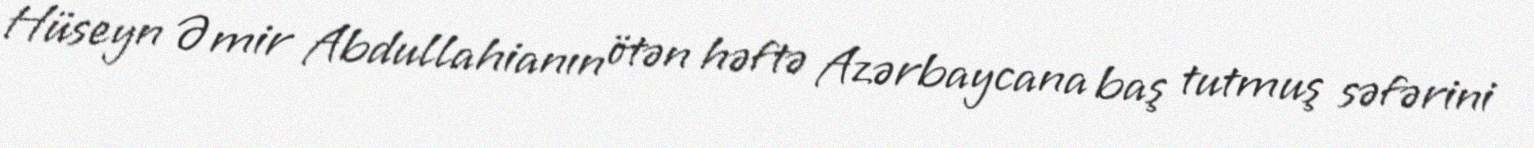
Hüseyn Əmir Abdullahianın ötən həftə Azərbaycana baş tutmuş səfərini